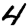
Digit: 4